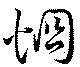
烱